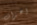
اعتراف